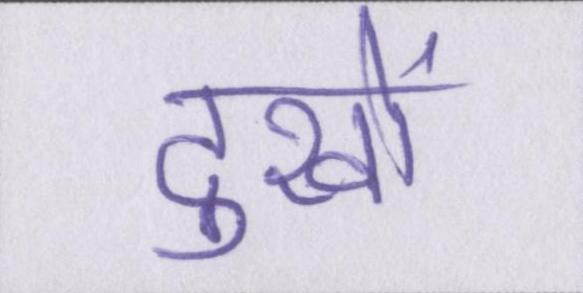
दुखों